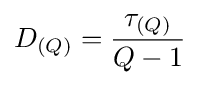
D_{(Q)}={\frac {\tau _{(Q)}}{Q-1}}